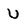
Character: U